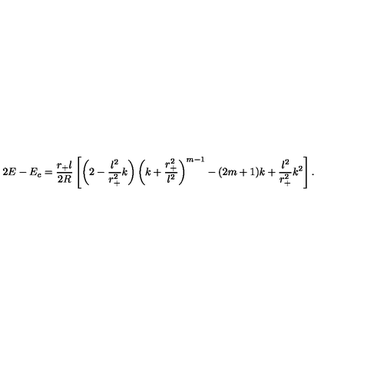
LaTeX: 2 E - E _ { c } = \frac { r _ { + } l } { 2 R } \left[ \left( 2 - \frac { l ^ { 2 } } { r _ { + } ^ { 2 } } k \right) \left( k + \frac { r _ { + } ^ { 2 } } { l ^ { 2 } } \right) ^ { m - 1 } - ( 2 m + 1 ) k + \frac { l ^ { 2 } } { r _ { + } ^ { 2 } } k ^ { 2 } \right] .